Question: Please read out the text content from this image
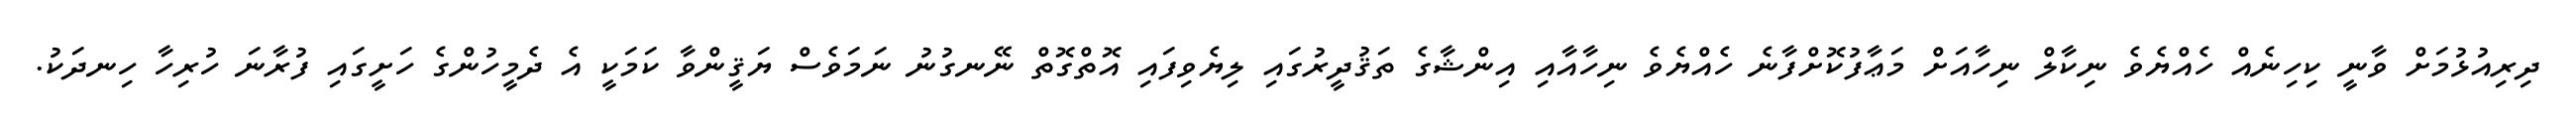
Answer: ދިރިއުޅުމަށް ވާނީ ކިހިނެއް ހެއްޔެވެ ނިކާލް ނިހާއަށް މަޢާފުކޮށްފާނެ ހެއްޔެވެ ނިހާއާއި އިންޝާގެ ތަޤުދީރުގައި ލިޔެވިފައި އޮތްގޮތް ނޭނގުނު ނަމަވެސް ޔަޤީންވާ ކަމަކީ އެ ދެމީހުންގެ ހަށީގައި ފުރާނަ ހުރިހާ ހިނދަކު.